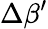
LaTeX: \Delta\beta^{\prime}